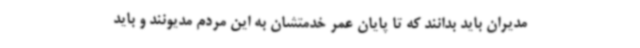
مدیران باید بدانند که تا پایان عمر خدمتشان به این مردم مدیونند و باید